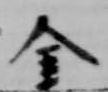
金